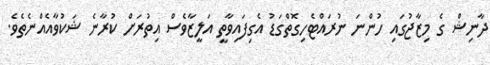
ދާނިޝް ގެ މިޒާޖުގައި ހުންނަ ނުރައްޓެހިގޮތްގަޑު އެގިފައިވާތީ އަލީޒާވެސް އިތުރަށް ކުރާނެ ޝަކުވާއެއްނެތެވެ.